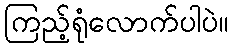
ကြည့်ရုံလောက်ပါပဲ။